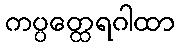
ကပ္ပတ္ထေရဂါထာ